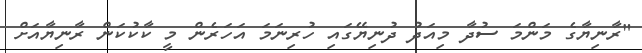
"ރާނިޔާގެ މަންމަ ސުދާ މިއަދު ދުނިޔޭގައި ހުރިނަމަ އަހަރެން މީ ކާކުކަން ރާނިޔާއަށް